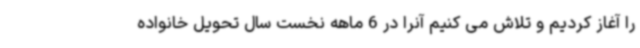
را آغاز کردیم و تلاش می کنیم آنرا در 6 ماهه نخست سال تحویل خانواده